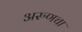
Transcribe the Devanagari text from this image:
अरुणचा